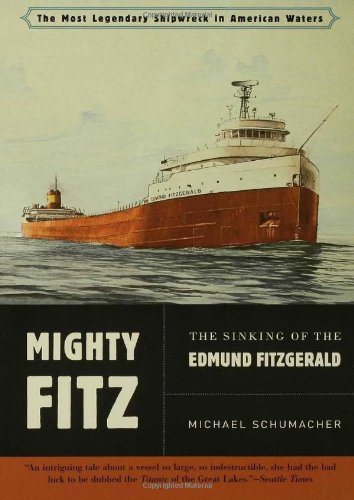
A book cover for Mighty Fitz: The Sinking of the Edmund Fitzgerald; Michael Schumacher; Travel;